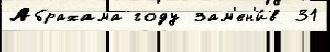
Абрахама году зам'ен'и́в 31